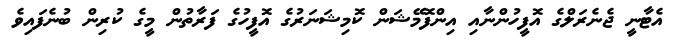
އެޓާނީ ޖެނެރަލްގެ އޮފީހުންނާއި އިންފޮމޭޝަން ކޮމިޝަނަރުގެ އޮފީހުގެ ފަރާތުން މީގެ ކުރިން ބުނެފައިވެ